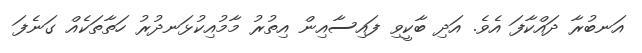
އަނބުރާ ދައްކާފަ އެވެ. އަދި ބާކީވި ފައިސާއިން އިތުރު މާމުއިކުޅަނދުރު ހަތާތަކެއް ގަނެފަ